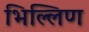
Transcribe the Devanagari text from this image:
भिल्लिण